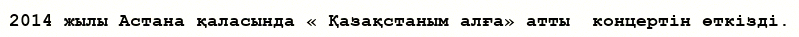
2014 жылы Астана қаласында « Қазақстаным алға» атты  концертін өткізді.